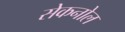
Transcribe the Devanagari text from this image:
सेकनोल